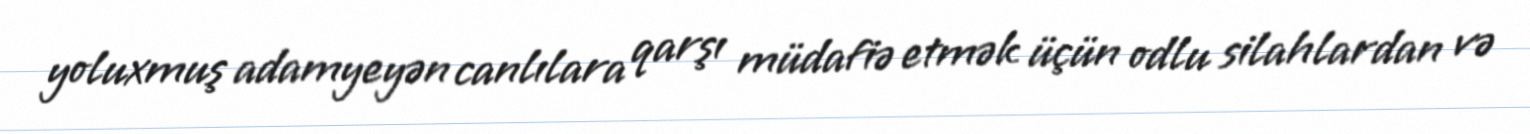
yoluxmuş adamyeyən canlılara qarşı müdafiə etmək üçün odlu silahlardan və